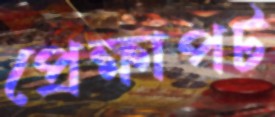
প্রেক্ষাপট